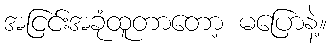
အငြင်းအခုံထူတာတော့ မပြောနဲ့။